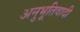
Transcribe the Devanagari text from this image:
अनुभूतिवादी